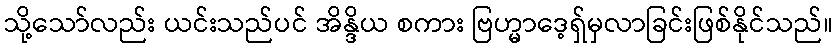
သို့သော်လည်း ယင်းသည်ပင် အိန္ဒိယ စကား ဗြဟ္မာဒေ့ရှ်မှလာခြင်းဖြစ်နိုင်သည်။